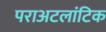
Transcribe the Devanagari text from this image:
पराअटलांटिक